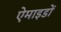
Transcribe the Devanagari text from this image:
ऐमाइडों